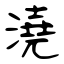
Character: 澆